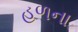
હળના